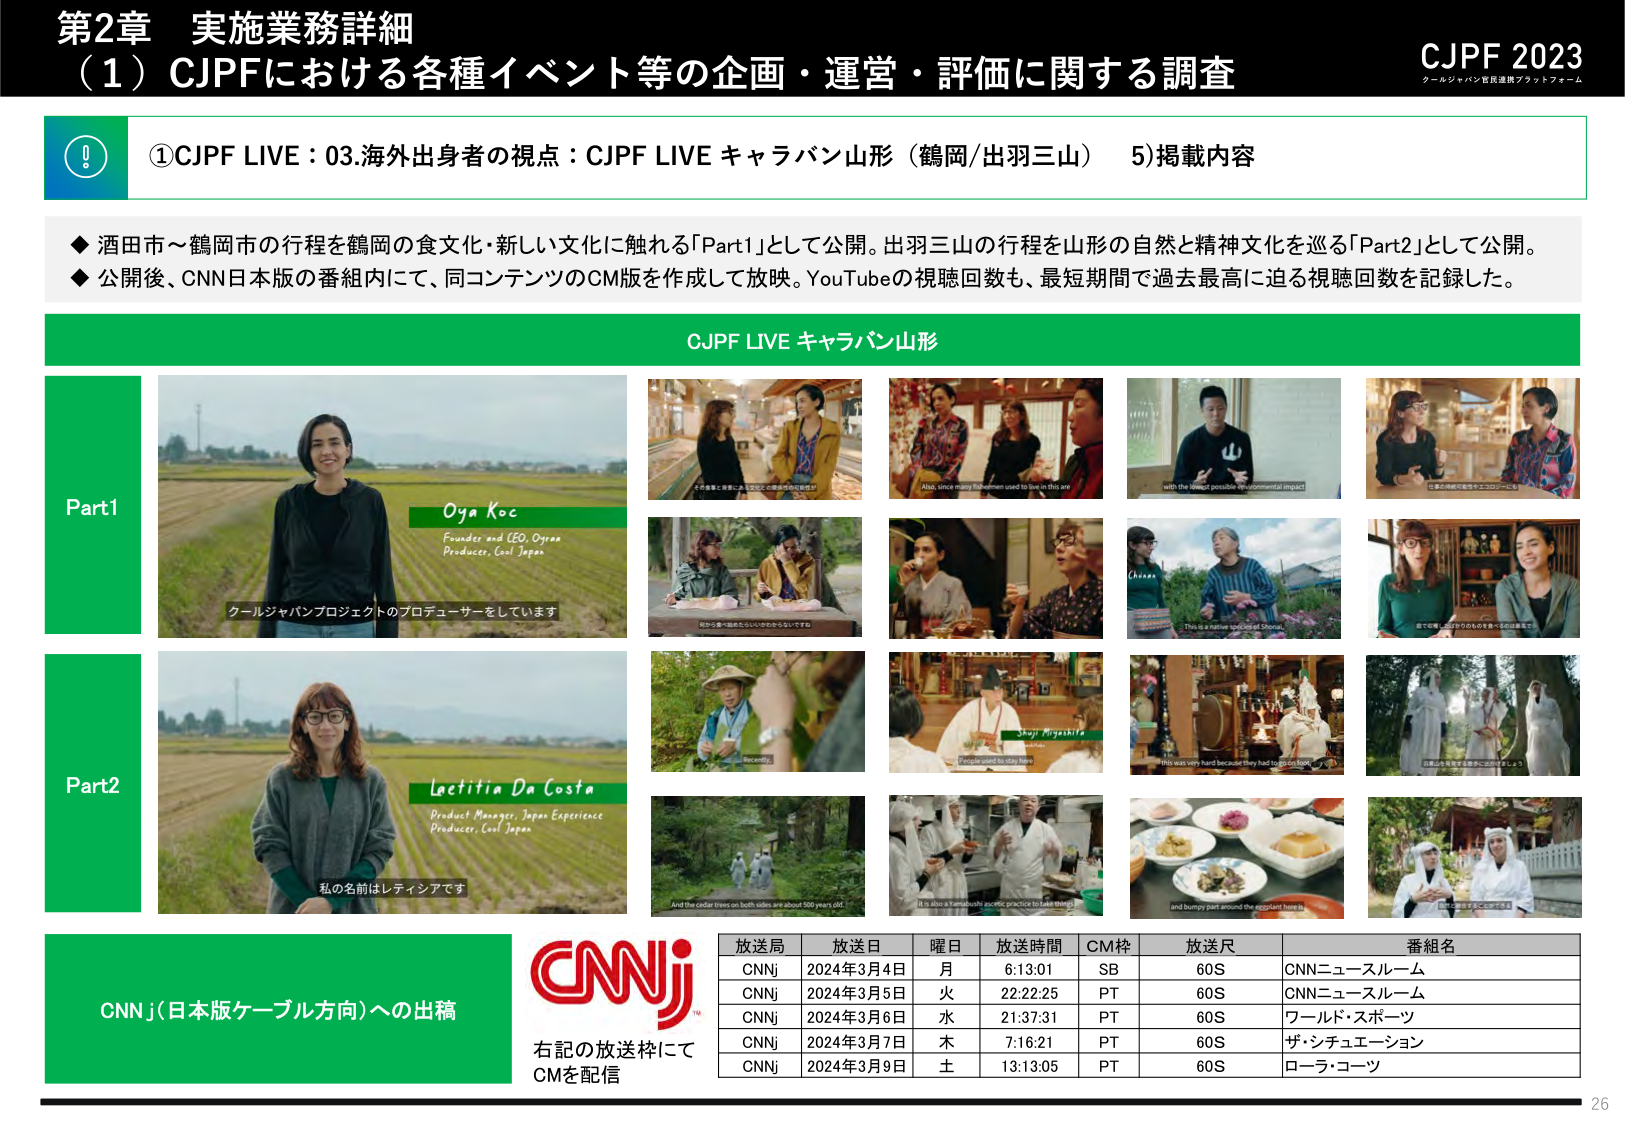
第2章 実施業務詳細
（1）CJPFにおける各種イベント等の企画・運営・評価に関する調査
CJPF 2023
クールジャパン官民連携プラットフォーム

①CJPF LIVE：03.海外出身者の視点：CJPF LIVE キャラバン山形（鶴岡/出羽三山） 5)掲載内容

◆ 酒田市～鶴岡市の行程を鶴岡の食文化・新しい文化に触れる「Part1」として公開。出羽三山の行程を山形の自然と精神文化を巡る「Part2」として公開。
◆ 公開後、CNN日本版の番組内にて、同コンテンツのCM版を作成して放映。YouTubeの視聴回数も、最短期間で過去最高に迫る視聴回数を記録した。

CJPF LIVE キャラバン山形

Part1
Oya Koc
Founder and CEO, Oyreo
Producer, Cool Japan
クールジャパンプロジェクトのプロデューサーをしています
その食事と料理には、天空と大地の繋がりがある
Also, since many fishermen used to live in this area
with the lowest possible environmental impact
Chana
This is a native ecological Shinto
日本の伝統的価値をエコロジーに

Part2
Lactitia Da Costa
Product Manager, Japan Experience
Producer, Cool Japan
私の名前はレティシアです
Recently,
People used to stay here
This was very hard because they had to go on foot
And the cedar trees on both sides are about 500 years old
It is also a transmissible ascetic practice to take many
and bumpy part around the eggplant here is
日本の伝統と自然の力の交差するこの場所で

CNNj（日本版ケーブル方向）への出稿
右記の放送枠にて
CMを配信

放送局 放送日 曜日 放送時間 CM枠 放送尺 番組名
CNNj 2024年3月4日 月 6:13:01 SB 60S CNNニュースルーム
CNNj 2024年3月5日 火 22:22:25 PT 60S CNNニュースルーム
CNNj 2024年3月6日 水 21:37:31 PT 60S ワールド・スポーツ
CNNj 2024年3月7日 木 7:16:21 PT 60S ザ・シチュエーション
CNNj 2024年3月9日 土 13:13:05 PT 60S ローラ・コーソ

26